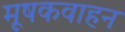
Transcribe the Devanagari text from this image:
मूषकवाहन